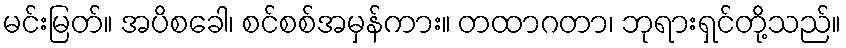
မင်းမြတ်။ အပိစခေါ၊ စင်စစ်အမှန်ကား။ တထာဂတာ၊ ဘုရားရှင်တို့သည်။